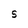
Character: S